Scottish Leaving Certificate Examination, 1957
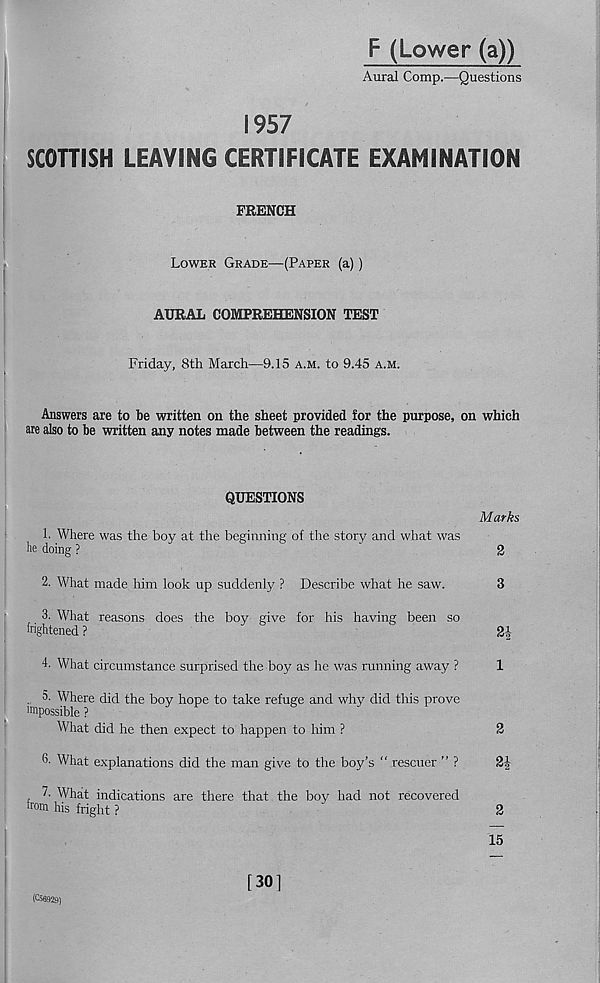
F (Lower (a))
Aural Comp.—Questions
1957
SCOTTISH LEAVING CERTIFICATE EXAMINATION
FRENCH
Lower Grade—(Paper (a))
AURAL COMPREHENSION TEST
Friday, 8th March—9.15 a.m. to 9.45 a.m.
Answers are to be written on the sheet provided for the purpose, on which
are also to be written any notes made between the readings.
QUESTIONS
Marks
1. Where was the boy at the beginning of the story and what was
lie doing ?
2
2. What made him look up suddenly ? Describe what he saw.
3
3. What reasons does the boy give for his having been so
frightened ?
2i
4. What circumstance surprised the boy as he was running away ?
1
.
Where did the boy hope to take refuge and why did this prove
^possible ?
What did he then expect to happen to him ?
2
6. What explanations did the man give to the boy’s “ rescuer ” ?
7. What indications are there that the boy had not recovered
from his fright ?
“
2
15
(CS6929)
[301